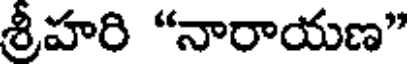
శ్రీహరి "నారాయణ"